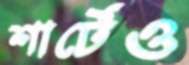
শার্টেও